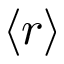
\langle r \rangle